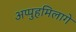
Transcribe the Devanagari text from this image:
अप्पुहमिलागे